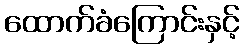
ထောက်ခံကြောင်းနှင့်